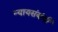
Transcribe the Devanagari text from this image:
न्यायसंबंधी